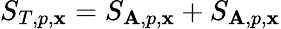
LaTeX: S_{T,p,\mathbf{x}}=S_{\mathbf{A},p,\mathbf{x}}+S_{\mathbf{A},p,\mathbf{x}}